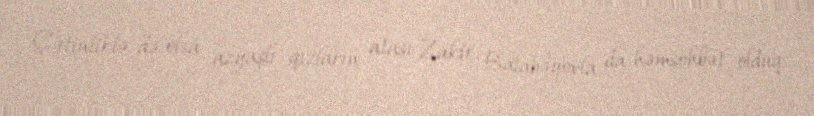
Çətinliklə də olsa azyaşlı qızların atası Zakir Balabəyovla da həmsöhbət olduq.